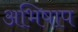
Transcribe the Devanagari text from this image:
अभिषाप